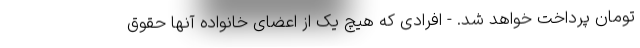
تومان پرداخت خواهد شد. - افرادی که هیچ یک از اعضای خانواده آنها حقوق